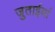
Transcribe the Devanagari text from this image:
जुताईयां